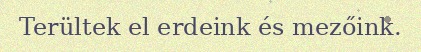
Terültek el erdeink és mezőink.